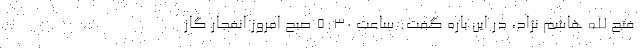
فتح الله هاشم نژاد، در این باره گفت: ساعت ۵:۳۰ صبح امروز انفجار گاز